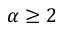
\alpha \ge 2